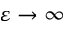
\varepsilon \rightarrow \infty